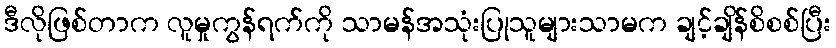
ဒီလိုဖြစ်တာက လူမှုကွန်ရက်ကို သာမန်အသုံးပြုသူများသာမက ချင့်ချိန်စိစစ်ပြီး